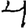
Digit: 4